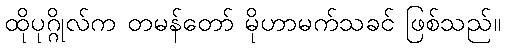
ထိုပုဂ္ဂိုလ်က တမန်တော် မိုဟာမက်သခင် ဖြစ်သည်။